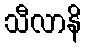
သီလာနိ